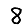
Digit: 8